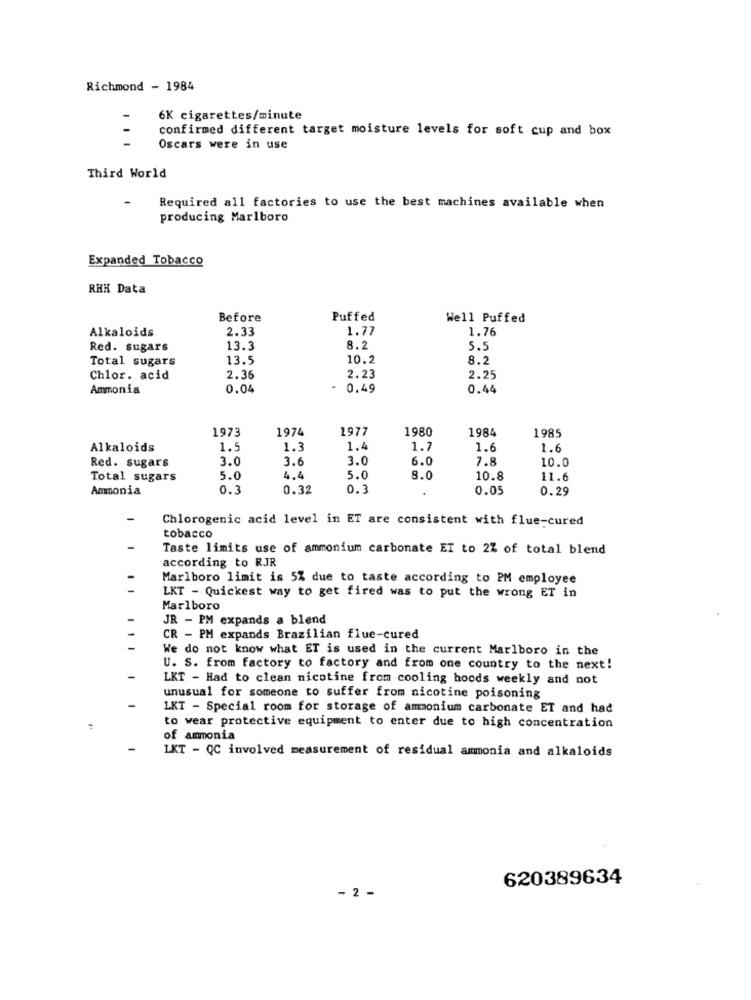
Richmond - 1984
6K cigarettes/minute
confirmed different target moisture levels for soft cup and box
Oscars were in use
Third World
Required all factories to use the best machines available when
producing Marlboro
Expanded Tobacco
RHH Data
Before
Puffed
Well Puffed
2.33
1.77
1.76
Alkaloids
Red. sugars
13.3
8.2
5.5
Total sugars
13.5
10.2
8.2
Chlor. acid
2.36
2.23
2.25
Ammonia
0.04
0.49
0.44
1973
1974
1977
1980
1984
1985
Alkaloids
1.
1.3
1.4
1.
1.
1.6
3.0
3.6
3.0
6.0
7.8
10.0
Red. sugars
Total sugars
5.0
4.4
5.0
8.0
10.8
11.6
Ammonia
0.3
0.32
0.3
0.05
0.29
Chlorogenic acid level in ET are consistent with flue-cured
tobacco
Taste limits use of ammonium carbonate ET to 27 of total blend
according to RJR
Marlboro limit is 5% due to taste according to PM employee
LKT - Quickest way to get fired was to put the wrong ET in
Marlboro
JR - PM expands a blend
CR - PM expands Brazilian flue-cured
We do not know what ET is used in the current Marlboro in the
U. S. from factory to factory and from one country to the next!
1
LKT - Had to clean nicotine from cooling hoods weekly and not
unusual for someone to suffer from nicotine poisoning
LKT - Special room for storage of ammonium carbonate ET and had
..
to wear protective equipment to enter due to high concentration
of ammonia
-
LKT - QC involved measurement of residual ammonia and alkaloids
620389634
- 2 -